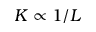
K \propto 1 / L